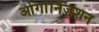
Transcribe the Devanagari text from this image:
ओर्गानिज़शन